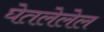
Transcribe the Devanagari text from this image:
घेतलेलेल